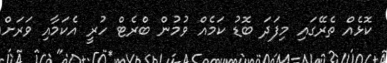
ކޮޅެއް ތެރޭގައި މިފަދަ ބޮޑު ކަމެއް ވުމުން ބްރެޓް ހުރީ އެކަމާއި ވަރަށް